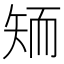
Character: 𱳝